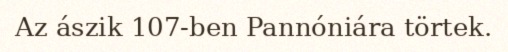
Az ászik 107-ben Pannóniára törtek.